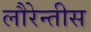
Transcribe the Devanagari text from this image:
लौरेन्तीस